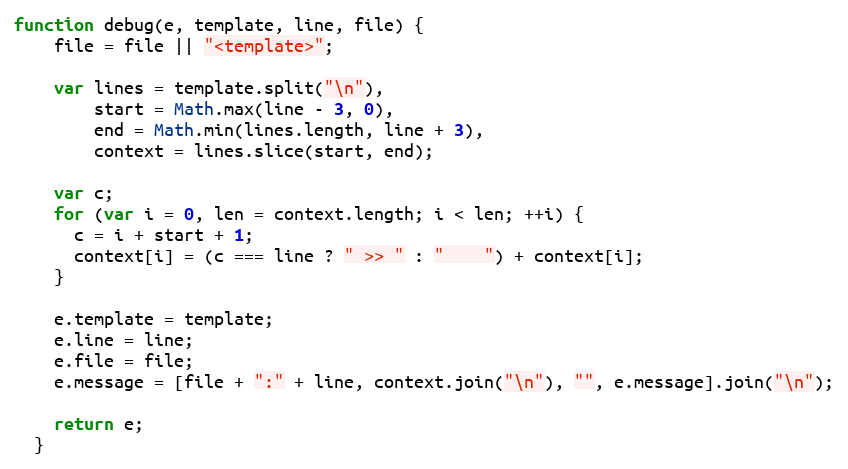
Language: JavaScript
function debug(e, template, line, file) {
    file = file || "<template>";

    var lines = template.split("\n"),
        start = Math.max(line - 3, 0),
        end = Math.min(lines.length, line + 3),
        context = lines.slice(start, end);

    var c;
    for (var i = 0, len = context.length; i < len; ++i) {
      c = i + start + 1;
      context[i] = (c === line ? " >> " : "    ") + context[i];
    }

    e.template = template;
    e.line = line;
    e.file = file;
    e.message = [file + ":" + line, context.join("\n"), "", e.message].join("\n");

    return e;
  }